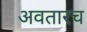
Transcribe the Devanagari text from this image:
अवतारच